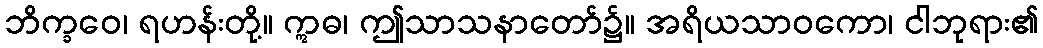
ဘိက္ခဝေ၊ ရဟန်းတို့။ ဣဓ၊ ဤသာသနာတော်၌။ အရိယသာဝကော၊ ငါဘုရား၏